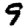
Digit: 9